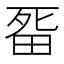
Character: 𭻏